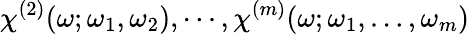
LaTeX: \chi^{(2)}(\omega;\omega_{1},\omega_{2}),\cdots,\chi^{(m)}(\omega;\omega_{1},\dots,\omega_{m})